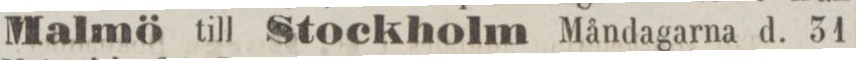
Malmö till Stockholm Måndagarna d. 31